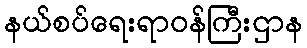
နယ်စပ်ရေးရာဝန်ကြီးဌာန